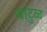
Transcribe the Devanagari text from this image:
वाटुळ